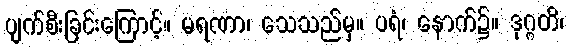
ပျက်စီးခြင်းကြောင့်။ မရဏာ၊ သေသည်မှ။ ပရံ၊ နောက်၌။ ဒုဂ္ဂတိ၊